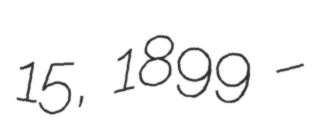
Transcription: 15, 1899 –